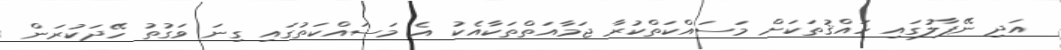
އަދި ނޭޕާލުގައި ހައްޤުތަކަށް މަސައްކަތްކުރާ ޖަމާއަތްތަކާއެކު އެ މަސައްކަތުގައި ގިނަ ވަގުތު ހޭދަކުރަން